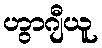
ဟွာဂျီယူ